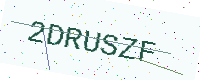
Text: 2DRUSZF